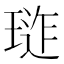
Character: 𭹪